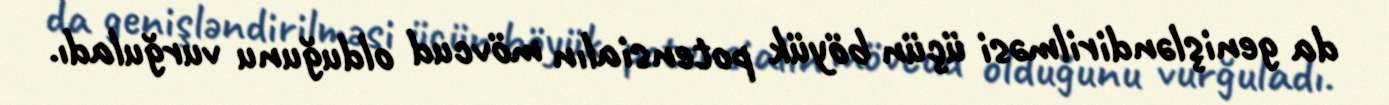
da genişləndirilməsi üçün böyük potensialın mövcud olduğunu vurğuladı.